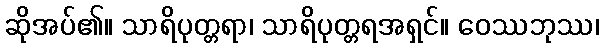
ဆိုအပ်၏။ သာရိပုတ္တရာ၊ သာရိပုတ္တရအရှင်။ ဝေဿဘုဿ၊